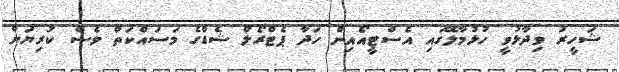
ޝަހީރު ވިދާޅުވީ ހުޅުމާލޭގައި އެސްޓީއޯއިން ހަދާ ޕެޓްރޯލް ޝެޑްގެ މަސައްކަތް ވެސް ކުރިޔަށް